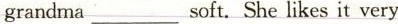
grandma ___ soft She likes it very